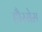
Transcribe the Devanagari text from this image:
हौरसेस़